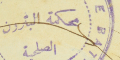
محكمة البترون الصلحية